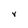
Character: V